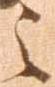
之